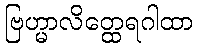
ဗြဟ္မာလိတ္ထေရဂါထာ